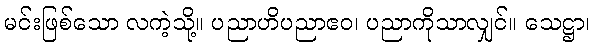
မင်းဖြစ်သော လကဲ့သို့။ ပညာဟိပညာဧဝ၊ ပညာကိုသာလျှင်။ သေဋ္ဌာ၊